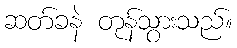
ဆတ်ခနဲ တုန်သွားသည်။